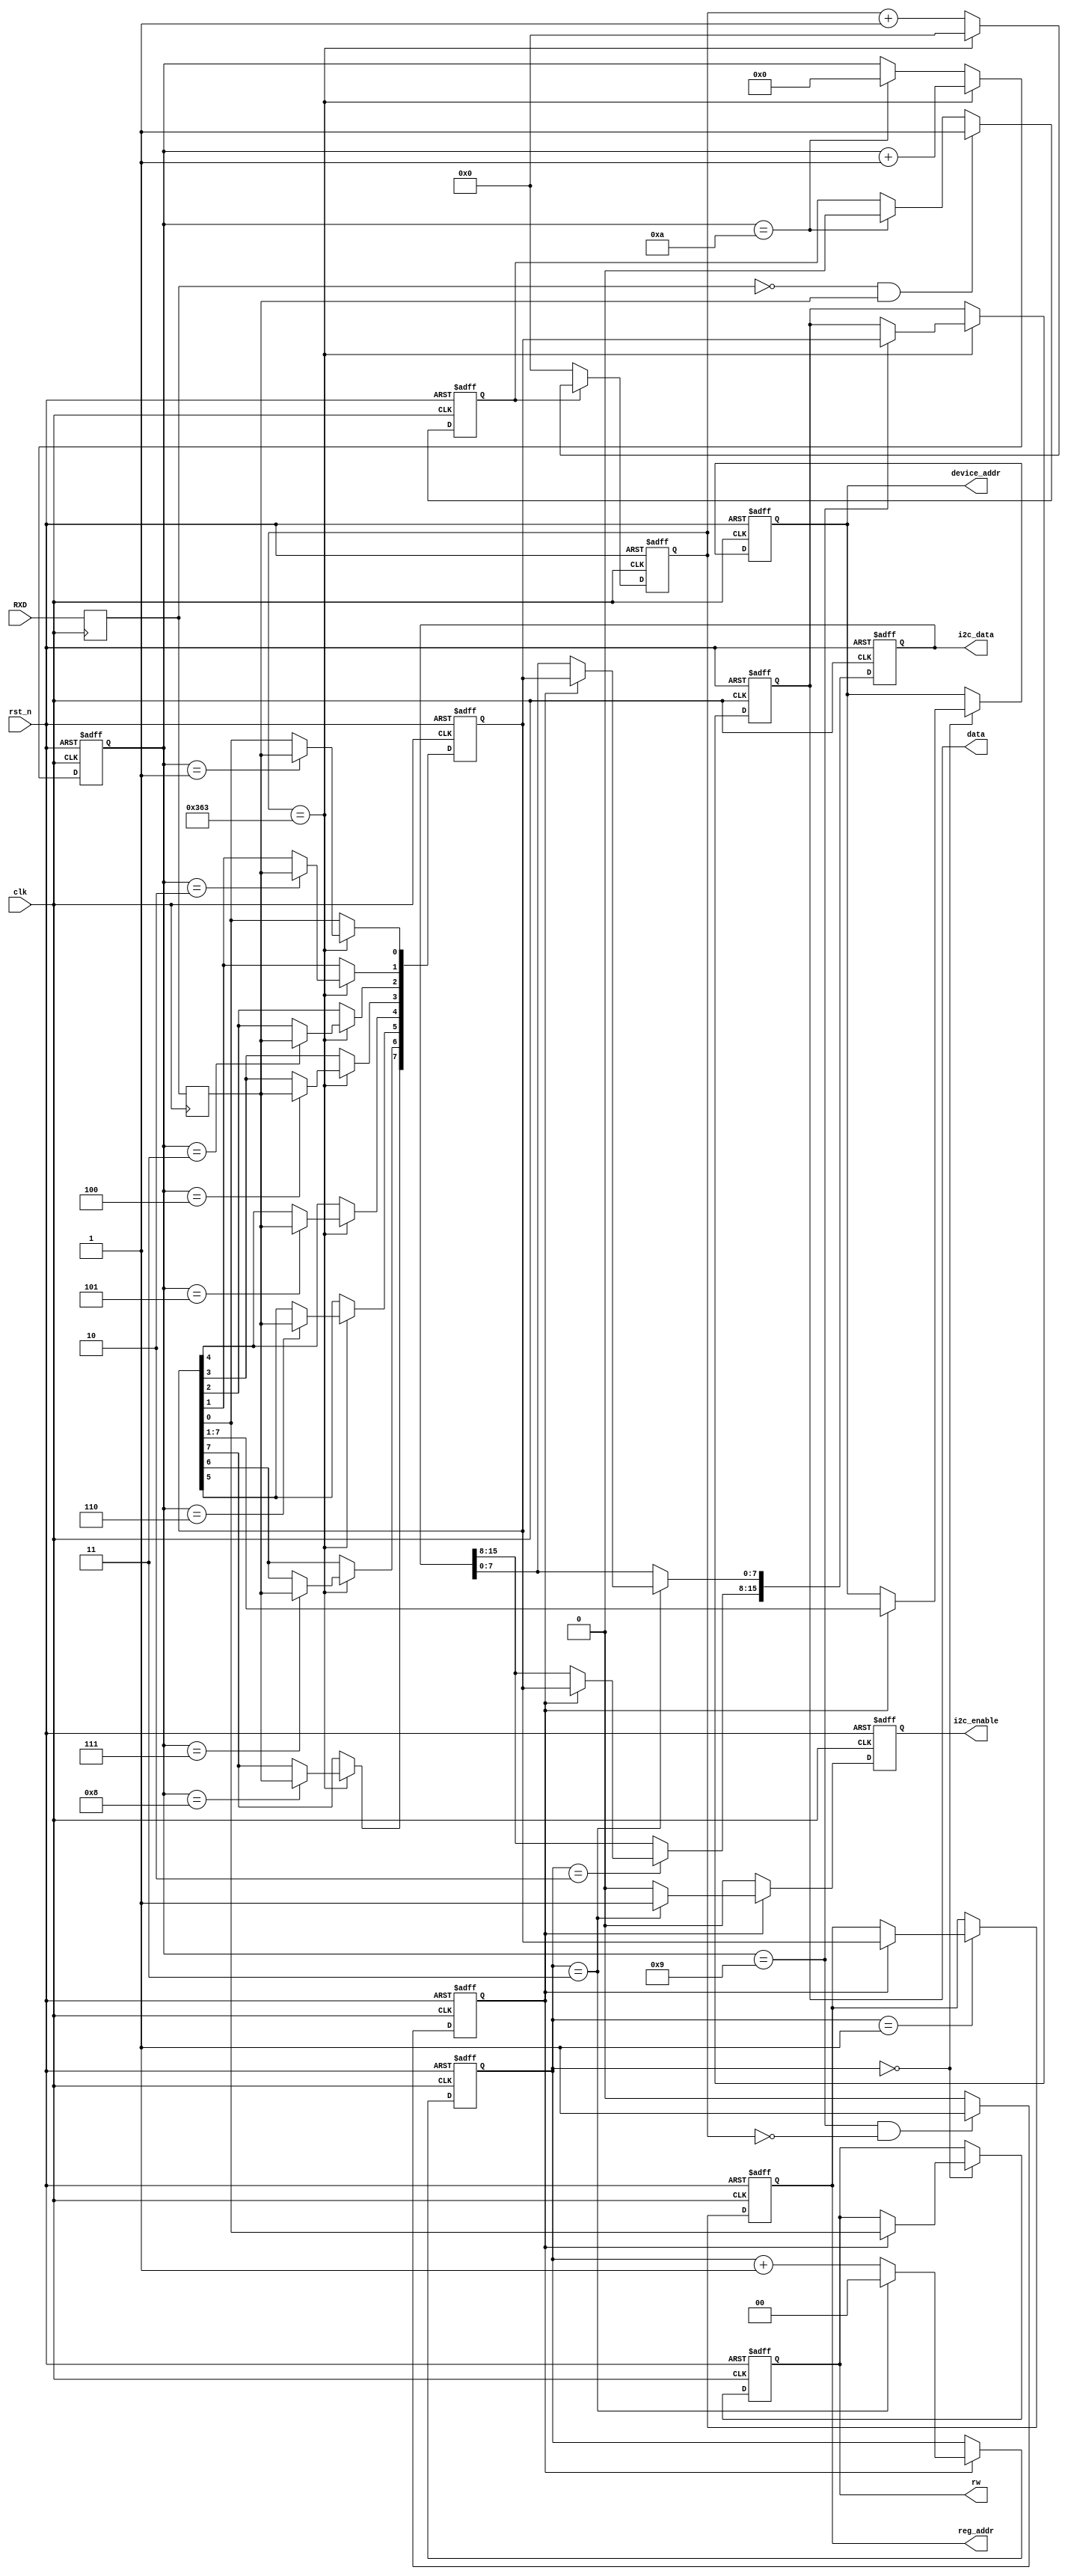
`timescale 1ns / 1ps
//////////////////////////////////////////////////////////////////////////////////
// Company: 
// Engineer: 
// 
// Design Name: 
// Module Name: uart_rx
// Project Name: 
// Target Devices: 
// Tool Versions: 
// Description: 
// 
// Dependencies: 
// 
// Revision:
// Revision 0.01 - File Created
// Additional Comments:
// 
//////////////////////////////////////////////////////////////////////////////////


module uart_rx(
  
  input     wire           clk,
  input     wire           rst_n,
  input     wire           RXD,
  output    reg     [7:0]  data,
  output    reg     [6:0]  device_addr,  
  output    reg            rw,
  output    reg     [7:0]  reg_addr,
  output    reg     [15:0] i2c_data,
  output    reg            i2c_enable
);

  parameter  CLK_FREQ     = 100000000;                // 
  parameter  UART_BPS     = 115200;                    // 
  localparam BPS_CNT      = CLK_FREQ/UART_BPS;       //
  localparam UART_device  = 0;
  localparam UART_address = 1;
  localparam UART_data1   = 2;
  localparam UART_data2   = 3;

  reg     [1:0]   uart_state;
  reg     [14:0]  cnt;
  reg             flag;
  reg             rxd_r, rxd_rr;
  wire            rx_en;
  reg     [3:0]   num;
  reg     [7:0]   data_r;
  reg             done;
 
  always @ (posedge clk) rxd_r <= RXD;
  always @ (posedge clk) rxd_rr <= rxd_r;
  
  assign rx_en = (~rxd_r) & rxd_rr;
  
  always @ (posedge clk or negedge rst_n)
  begin
    if(rst_n == 1'b0)
      cnt <= 15'd0;
    else if(flag)
      begin
        if(cnt == BPS_CNT - 1)
          cnt <= 15'd0;
        else
          cnt <= cnt + 1'b1;
      end
    else
      cnt <= 15'd0;
  end
  
  always @ (posedge clk or negedge rst_n)
  begin
    if(rst_n == 1'b0)
      flag <= 1'b0;
    else if(rx_en)
      flag <= 1'b1;
    else if(num == 4'd10)
      flag <= 1'b0;
    else
      flag <= flag;
  end
  
  always @ (posedge clk or negedge rst_n)
  begin
    if(rst_n == 1'b0)
      num <= 4'd0;
    else if(cnt == BPS_CNT - 1)
      num <= num + 1'b1;
    else if(num == 4'd10)
      num <= 4'd0;
    else
      num <= num;
  end
  
  always @ (posedge clk or negedge rst_n)
  begin
    if(rst_n == 1'b0)
      begin
        data_r <= 8'd0;
        data <= 8'd0;
      end
    else if(cnt == BPS_CNT - 1)
      case(num)
        4'd0  :  ;
        4'd1  :  data_r[0] <= rxd_rr;
        4'd2  :  data_r[1] <= rxd_rr;
        4'd3  :  data_r[2] <= rxd_rr;
        4'd4  :  data_r[3] <= rxd_rr;
        4'd5  :  data_r[4] <= rxd_rr;
        4'd6  :  data_r[5] <= rxd_rr;
        4'd7  :  data_r[6] <= rxd_rr;
        4'd8  :  data_r[7] <= rxd_rr;
        4'd9  :  data <= data_r;
        default  :  data <= data;
      endcase
  end
  
//new
  always @ (posedge clk, negedge rst_n)
  begin
    if(rst_n == 1'b0)
      done <= 1'b0;
    else if((num == 4'd9)&&(cnt == 'd0))
      done <= 1'b1;
    else
      done <= 1'b0;
  end  
  

  always @ (posedge clk or negedge rst_n)
  begin
    if(rst_n == 1'b0) begin
      uart_state <= 2'd0;
	  i2c_enable <= 1'd0;
	end
    else if(done) begin
	  if(uart_state == 2'd3) begin
	    uart_state <= 2'd0;
		i2c_enable <= 1'd1;
	  end
	  else begin
	    uart_state <= uart_state + 2'b1;
		i2c_enable <= 1'd0;
	  end
    end
    else begin
      uart_state <= uart_state;
	  i2c_enable <= 1'd0;
	end
  end  
  
  always @ (posedge clk or negedge rst_n)
  begin
    if(rst_n == 1'b0)
      device_addr <= 7'd0;
    else begin
	  case(uart_state)
		UART_device: begin
		if(done)
		device_addr <= data_r[7:1];
		end
		default: begin
		device_addr <= device_addr;
		end
	  endcase
    end
  end

  always @ (posedge clk or negedge rst_n)
  begin
    if(rst_n == 1'b0)
      rw <= 1'd0;
    else begin
	  case(uart_state)
		UART_device: begin
		if(done)		
		rw <= data_r[0];
		end
		default: begin
		rw <= rw;
		end
	  endcase
    end
  end

  always @ (posedge clk or negedge rst_n)
  begin
    if(rst_n == 1'b0)
      reg_addr <= 8'd0;
    else begin
	  case(uart_state)
		UART_address: begin
		if(done)	
		reg_addr <= data_r;
		end
		default: begin
		reg_addr <= reg_addr;
		end
	  endcase
    end
  end
  
  always @ (posedge clk or negedge rst_n)
  begin
    if(rst_n == 1'b0)
      i2c_data <= 16'd0;
    else begin
	  case(uart_state)
		UART_data1: begin
		if(done)	
		i2c_data[15:8] <= data_r;
		end
		UART_data2: begin
		if(done)	
		i2c_data[7:0] <= data_r;
		end		
		default: begin
		i2c_data <= i2c_data;
		end
	  endcase
    end
  end  
 
endmodule